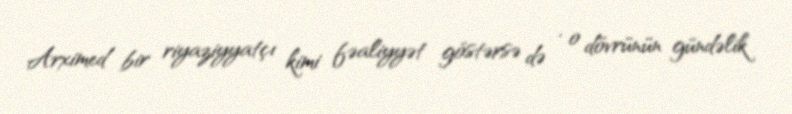
Arximed bir riyaziyyatçı kimi fəaliyyət göstərsə də , o dövrünün gündəlik